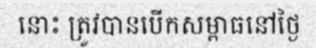
នោះ ត្រូវបានបើកសម្ពាធនៅថ្ងៃ